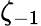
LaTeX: \zeta_{-1}